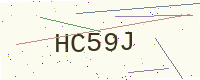
Text: HC59J